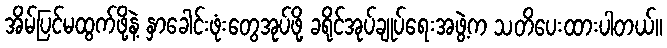
အိမ်ပြင်မထွက်ဖို့နဲ့ နှာခေါင်းဖုံးတွေအုပ်ဖို့ ခရိုင်အုပ်ချုပ်ရေးအဖွဲ့က သတိပေးထားပါတယ်။